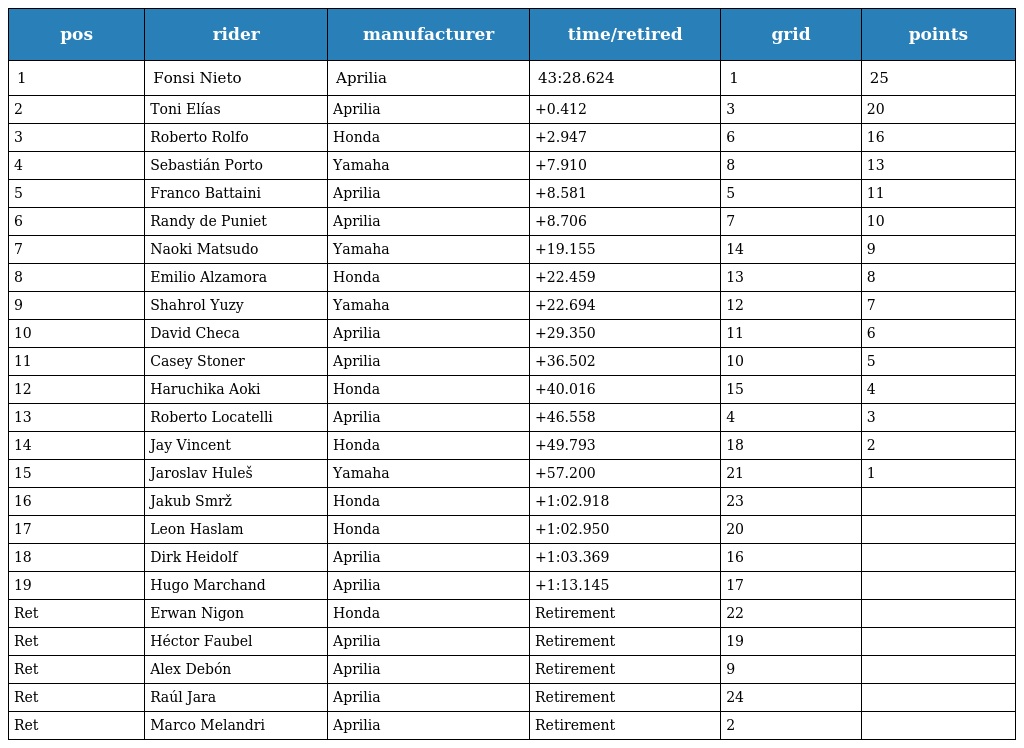
| pos | rider | manufacturer | time/retired | grid | points |
 | --- | --- | --- | --- | --- | --- |
 | 1 | Fonsi Nieto | Aprilia | 43:28.624 | 1 | 25 |
 | 2 | Toni Elías | Aprilia | +0.412 | 3 | 20 |
 | 3 | Roberto Rolfo | Honda | +2.947 | 6 | 16 |
 | 4 | Sebastián Porto | Yamaha | +7.910 | 8 | 13 |
 | 5 | Franco Battaini | Aprilia | +8.581 | 5 | 11 |
 | 6 | Randy de Puniet | Aprilia | +8.706 | 7 | 10 |
 | 7 | Naoki Matsudo | Yamaha | +19.155 | 14 | 9 |
 | 8 | Emilio Alzamora | Honda | +22.459 | 13 | 8 |
 | 9 | Shahrol Yuzy | Yamaha | +22.694 | 12 | 7 |
 | 10 | David Checa | Aprilia | +29.350 | 11 | 6 |
 | 11 | Casey Stoner | Aprilia | +36.502 | 10 | 5 |
 | 12 | Haruchika Aoki | Honda | +40.016 | 15 | 4 |
 | 13 | Roberto Locatelli | Aprilia | +46.558 | 4 | 3 |
 | 14 | Jay Vincent | Honda | +49.793 | 18 | 2 |
 | 15 | Jaroslav Huleš | Yamaha | +57.200 | 21 | 1 |
 | 16 | Jakub Smrž | Honda | +1:02.918 | 23 |  |
 | 17 | Leon Haslam | Honda | +1:02.950 | 20 |  |
 | 18 | Dirk Heidolf | Aprilia | +1:03.369 | 16 |  |
 | 19 | Hugo Marchand | Aprilia | +1:13.145 | 17 |  |
 | Ret | Erwan Nigon | Honda | Retirement | 22 |  |
 | Ret | Héctor Faubel | Aprilia | Retirement | 19 |  |
 | Ret | Alex Debón | Aprilia | Retirement | 9 |  |
 | Ret | Raúl Jara | Aprilia | Retirement | 24 |  |
 | Ret | Marco Melandri | Aprilia | Retirement | 2 |  |